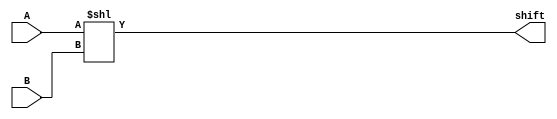
`timescale 1ns / 1ps
//////////////////////////////////////////////////////////////////////////////////
// Company: 
// Engineer: 
// 
// Design Name: 
// Module Name: part2_shifter
// Project Name: 
// Target Devices: 
// Tool Versions: 
// Description: 
// 
// Dependencies: 
// 
// Revision:
// Revision 0.01 - File Created
// Additional Comments:
// 
//////////////////////////////////////////////////////////////////////////////////


module part2_shifter(
input [3:0] A,
input [3:0] B,
output [7:0] shift
    );
    assign shift = A<<B;
endmodule